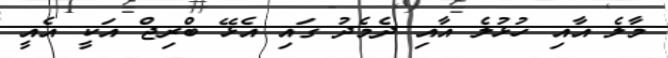
މާލެ އާއި ހުޅުލެ އާއި ދެމެދު ގައި އެޅޭ ބްރިޖް އަކީ އެއީ